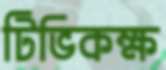
টিভিকক্ষ